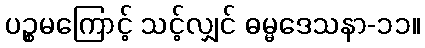
ပဉ္စမကြောင့် သင့်လျှင် ဓမ္မဒေသနာ-၁၁။